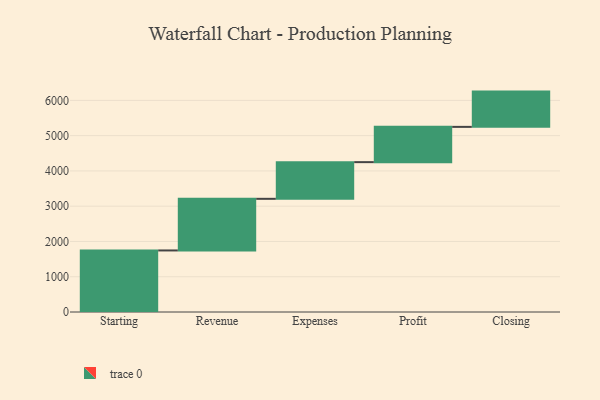
{"axis": {"x": "Step", "y": "Value"}, "legend": [""], "data": [{"x": "Starting", "y": 1745.0, "type": ""}, {"x": "Revenue", "y": 1464.0, "type": ""}, {"x": "Expenses", "y": 1040.0, "type": ""}, {"x": "Profit", "y": 1000, "type": ""}, {"x": "Closing", "y": 1000, "type": ""}]}